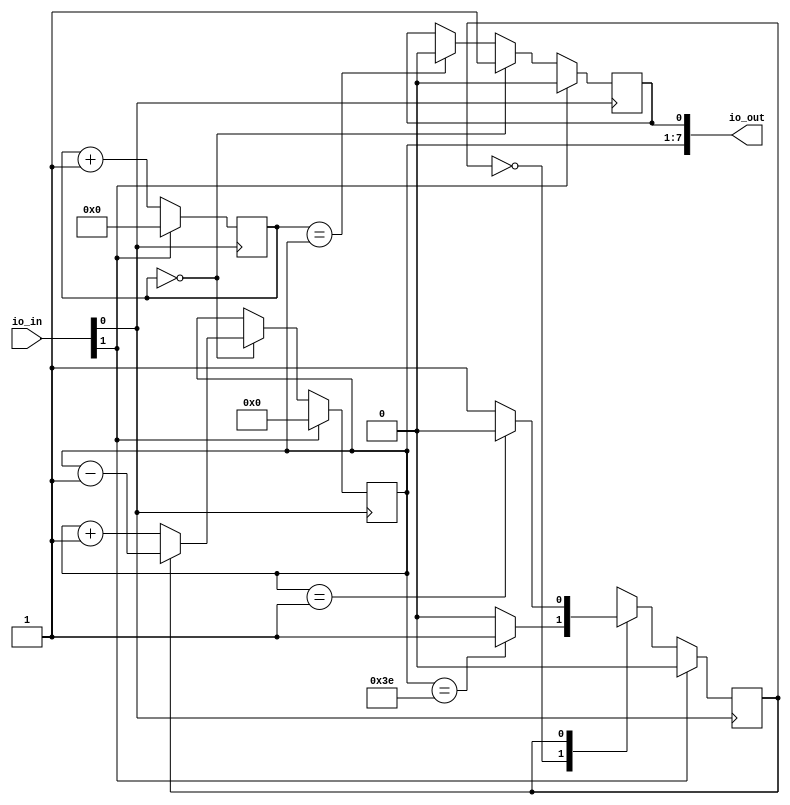
`default_nettype none

module pwm_gen (
  input [7:0] io_in,
  output [7:0] io_out
);
  
wire clk = io_in[0];
wire reset = io_in[1];
reg counter_state;
reg [5:0] pwm_counter;
reg [6:0] duty;
reg pwm;
assign io_out = {duty, pwm};

  //upcounter which determines pwm period 
always @(posedge clk) begin
    if (reset)
        pwm_counter <= 0;
    else
        pwm_counter <= pwm_counter + 1;
end
  //duty state machine to determine countup or countdown
always @(posedge clk) begin
    if (reset) begin
        counter_state = 0;
    end else begin
            case (counter_state)
                0:
                    if (duty == 8'b111110)
                        counter_state = 1;
                    else
                        counter_state = 0;
                1:
                    if (duty == 8'b000001)
                        counter_state = 0;
                    else
                        counter_state = 1;
            endcase
    end
end
  //generate duty
always @(posedge clk) begin
    if (reset) begin
        duty <= 0;
    end else begin
        if (pwm_counter == 6'b000000) begin
            if (counter_state == 0) begin
                duty <= duty + 1;
            end else if(counter_state == 1) begin
                duty <= duty - 1;
            end
        end
    end
end
  //generate pwm where duty determines it's duty cycle
always @(posedge clk) begin
    if(reset) begin
        pwm <= 0;
    end else begin
        if (pwm_counter == 6'b000000) begin
            pwm <= 1;
        end else if (pwm_counter == duty[6:0]) begin
            pwm <= 0;
        end
    end
end

endmodule